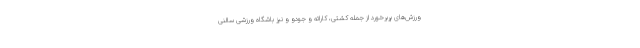
ورزش‌های پربرخورد از جمله کشتی، کاراته و جودو و نیز باشگاه ورزشی سالنی